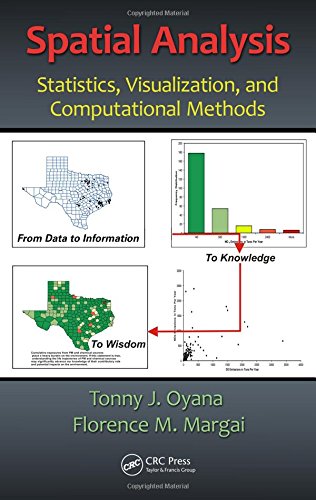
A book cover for Spatial Analysis: Statistics, Visualization, and Computational Methods; Tonny J. Oyana; Science & Math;